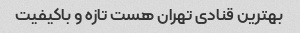
بهترین قنادی تهران هست تازه و باکیفیت